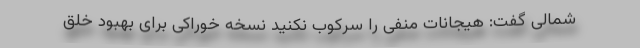
شمالی گفت: هیجانات منفی را سرکوب نکنید نسخه خوراکی برای بهبود خلق